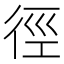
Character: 徑